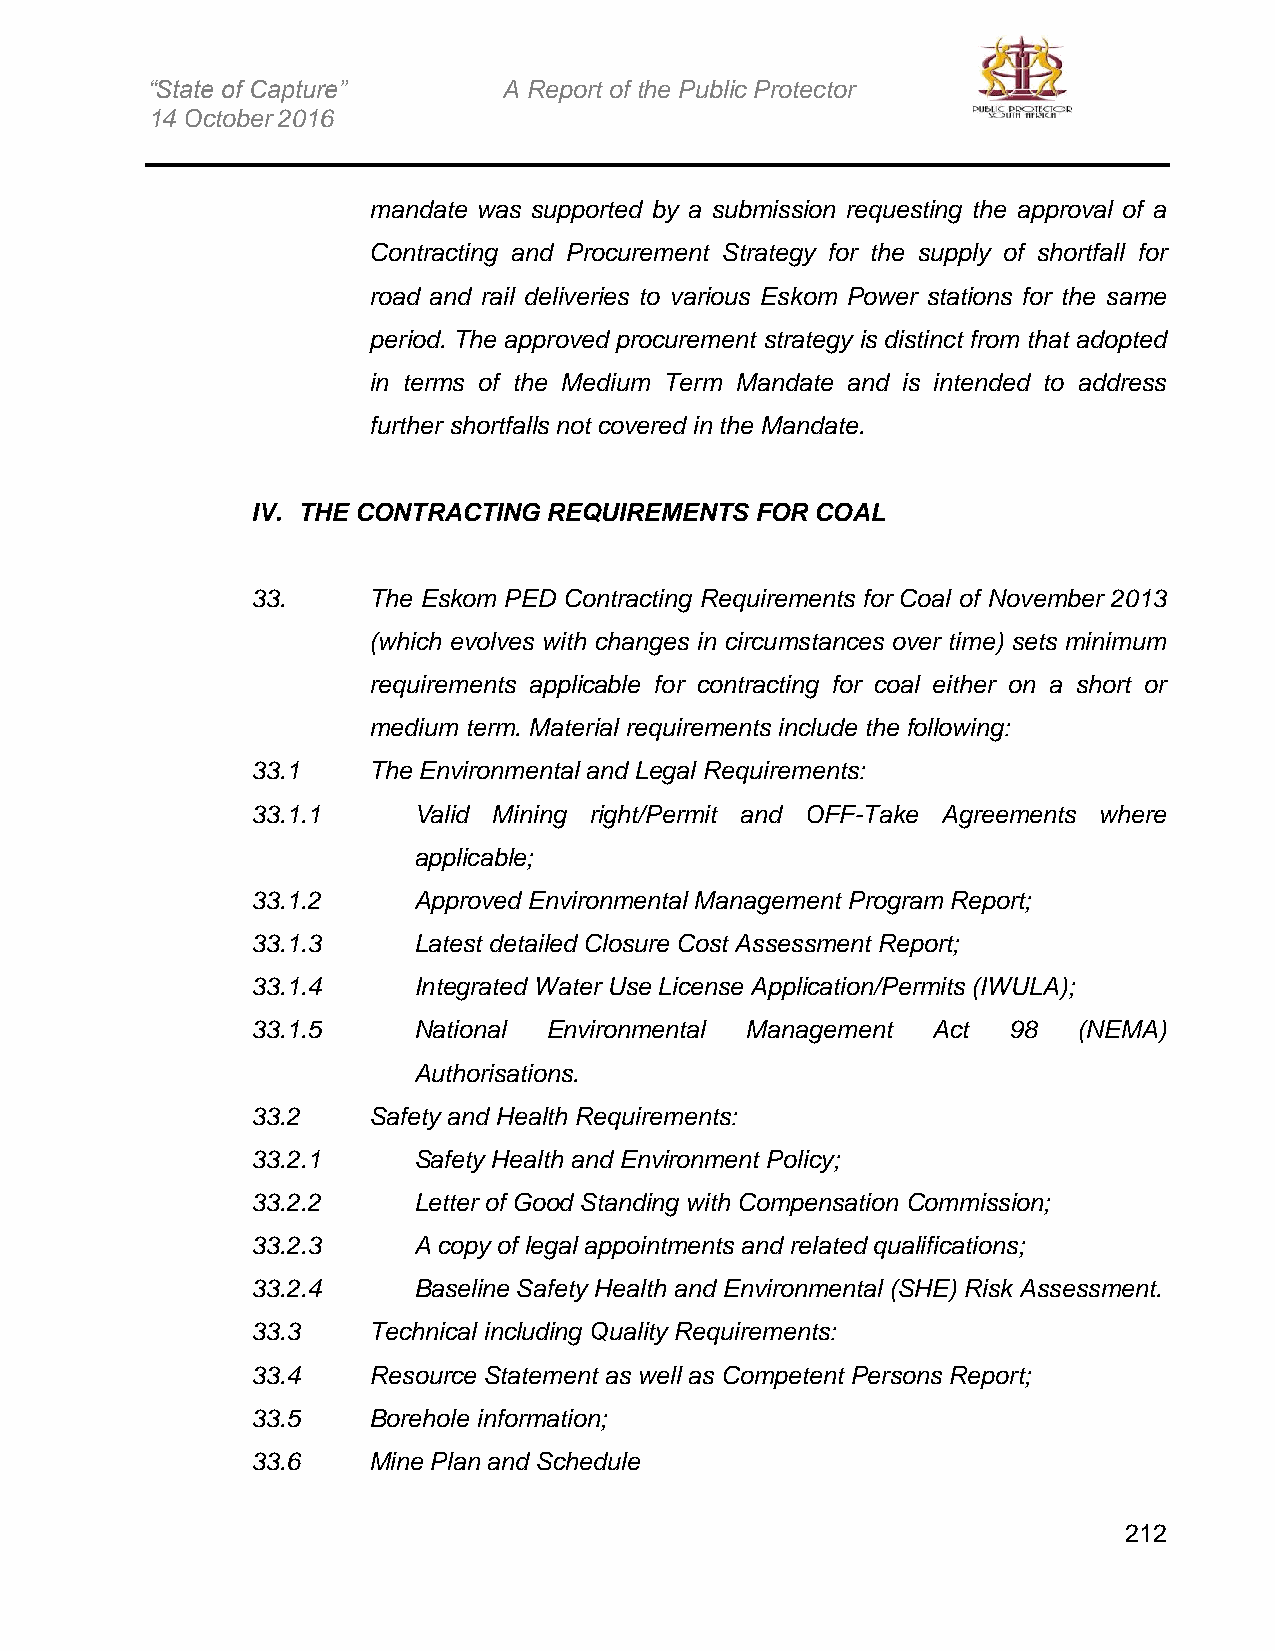
“State of Capture”     A Report of the Public Protector
 14 October 2016
 mandate was supported by a submission requesting the approval of a
 Contracting and Procurement Strategy for the supply of shortfall for
 road and rail deliveries to various Eskom Power stations for the same
 period. The approved procurement strategy is distinct from that adopted
 in terms of the Medium Term Mandate and is intended to address
 further shortfalls not covered in the Mandate.
 IV. THE CONTRACTING REQUIREMENTS FOR COAL
 33.    The Eskom PED Contracting Requirements for Coal of November 2013
 (which evolves with changes in circumstances over time) sets minimum
 requirements applicable for contracting for coal either on a short or
 medium term. Material requirements include the following:
 33.1   The Environmental and Legal Requirements:
 33.1.1    Valid Mining right/Permit and OFF-Take Agreements where
 applicable;
 33.1.2    Approved Environmental Management Program Report;
 33.1.3    Latest detailed Closure Cost Assessment Report;
 33.1.4    Integrated Water Use License Application/Permits (IWULA);
 33.1.5    National Environmental Management  Act  98  (NEMA)
 Authorisations.
 33.2   Safety and Health Requirements:
 33.2.1    Safety Health and Environment Policy;
 33.2.2    Letter of Good Standing with Compensation Commission;
 33.2.3    A copy of legal appointments and related qualifications;
 33.2.4    Baseline Safety Health and Environmental (SHE) Risk Assessment.
 33.3   Technical including Quality Requirements:
 33.4   Resource Statement as well as Competent Persons Report;
 33.5   Borehole information;
 33.6   Mine Plan and Schedule
 212